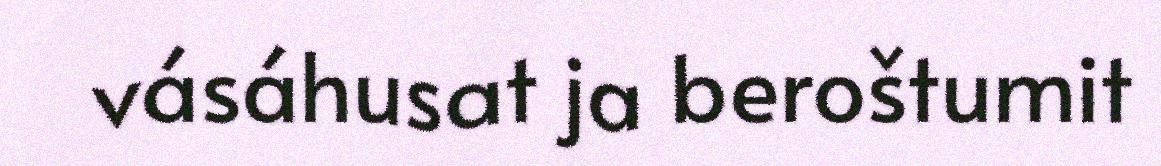
vásáhusat ja beroštumit